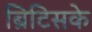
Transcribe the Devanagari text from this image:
ब्रिटिसके